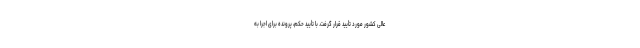
عالی کشور مورد تأیید قرار گرفت. با تأیید حکم، پرونده برای اجرا به